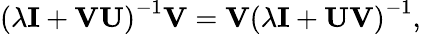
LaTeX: \left(\lambda\mathbf{I}+\mathbf{V}\mathbf{U}\right)^{-1}\mathbf{V}=\mathbf{V}\left(\lambda\mathbf{I}+\mathbf{U}\mathbf{V}\right)^{-1},